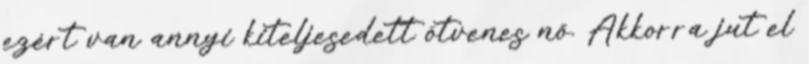
ezért van annyi kiteljesedett ötvenes nő. Akkorra jut el